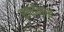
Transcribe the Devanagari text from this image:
साईनाई